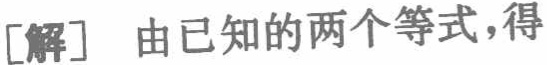
[解] 由已知的两个等式，得